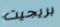
بريجيت